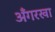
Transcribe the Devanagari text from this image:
अँगरखा